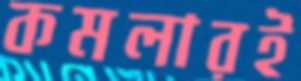
কমলারই